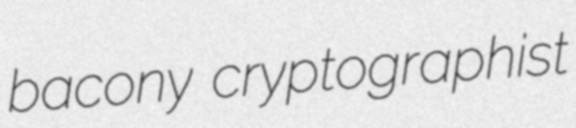
bacony cryptographist